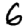
Digit: 6